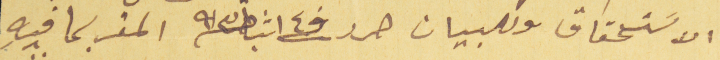
الاسَتحقاق وللبيان حرر في ١٤ شباط سنة ٩١٣ المقر بما فيهِ